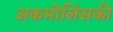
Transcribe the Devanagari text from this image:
अकमोलिंसकी